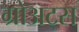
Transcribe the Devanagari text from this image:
ग्रोअट्स